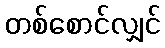
တစ်စောင်လျှင်